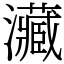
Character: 㶓